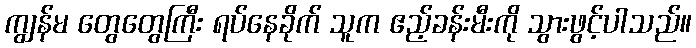
ကျွန်မ တွေတွေကြီး ရပ်နေခိုက် သူက ဧည့်ခန်းမီးကို သွားဖွင့်ပါသည်။